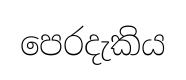
පෙරදැකිය